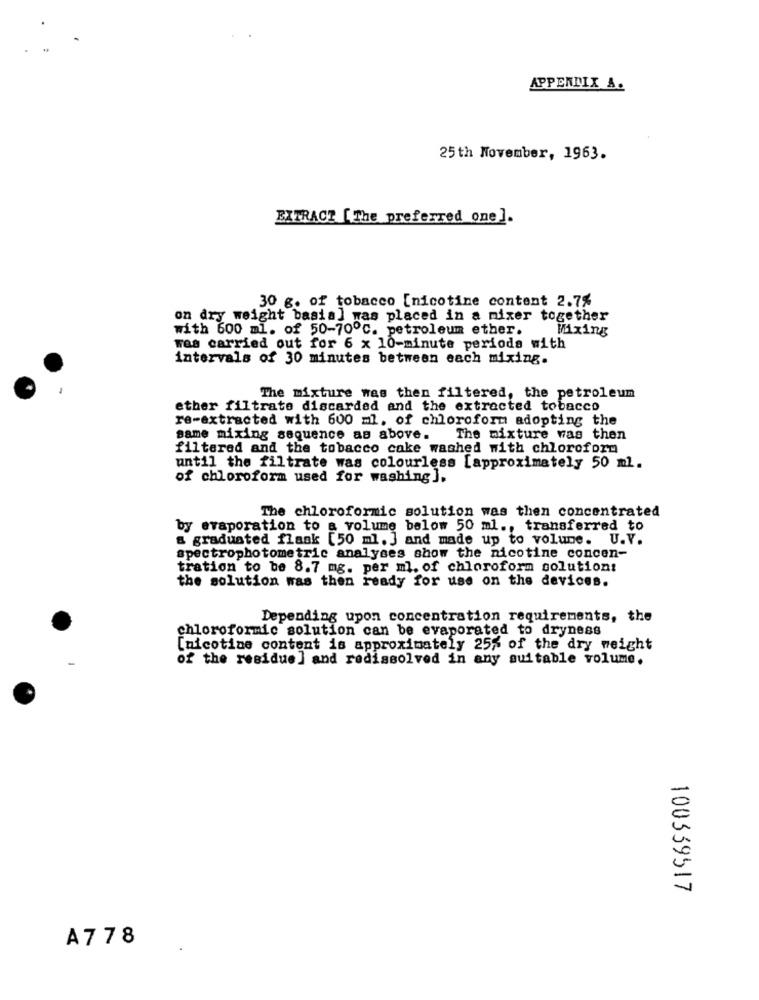
APPENDIX A.
25th November, 1963.
EXTRACT [The preferred one].
30 g. of tobacco [nicotine content 2.7%
on dry weight basia] was placed in a mixer together
with 600 ml. of 50-70℃. petroleum ether.
Mixing
was carried out for 6 x 10-minute periods with
intervals of 30 minutes between each mixing.
The mixture was then filtered, the petroleum
ether filtrate discarded and the extracted tobacco
re-extracted with 600 ml. of chloroform adopting the
same mixing sequence as above. The mixture was then
filtered and the tobacco cake washed with chloroform
until the filtrate was colourless [approximately 50 ml.
of chloroform used for washing].
The chloroformic solution was then concentrated
by evaporation to a volume below 50 ml ., transferred to
& graduated flank [50 ml. ] and made up to volume. U.V.
spectrophotometric analyses show the nicotine concen-
tration to be 8.7 mg. per ml. of chloroform solutions
the solution was then ready for use on the devices.
Depending upon concentration requirements, the
chloroformic solution can be evaporated to dryness
[nicotine content is approximately 25% of the dry weight
of the residue] and redissolved in any suitable volume.
100339517
A778